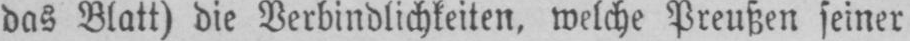
das Blatt) die Verbindlichkeiten, welche Preußen seiner